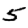
Digit: 5